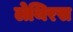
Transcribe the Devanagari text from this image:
लेथिरस